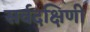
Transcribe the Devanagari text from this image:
सर्वदक्षिणी